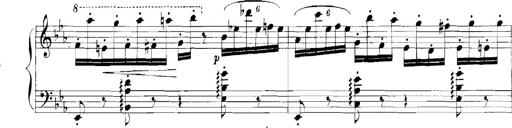
Title: Rhapsodies hongroises
Composer: Franz Liszt